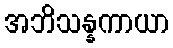
အဘိသန္နကာယာ